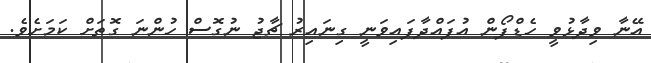
އޭނާ ވިދާޅުވީ ހެޑްފޯން އުފައްދާފައިވަނީ ގިނައިރު ޗާޖު ނުގޮސް ހުންނަ ގޮތަށް ކަމަށެވެ.